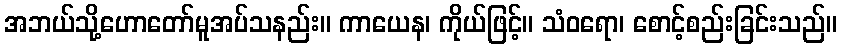
အဘယ်သို့ဟောတော်မူအပ်သနည်း။ ကာယေန၊ ကိုယ်ဖြင့်။ သံဝရော၊ စောင့်စည်းခြင်းသည်။